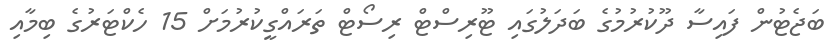
ބަޖެޓުން ފައިސާ ދޫކުރުމުގެ ބަދަލުގައި ޓޫރިސްޓް ރިސޯޓް ތަރައްގީކުރުމަށް 15 ހެކްޓަރުގެ ބިމާއި